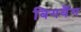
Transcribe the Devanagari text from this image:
बिगबैंग